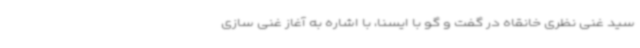
سید غنی نظری خانقاه در گفت و گو با ایسنا، با اشاره به آغاز غنی سازی